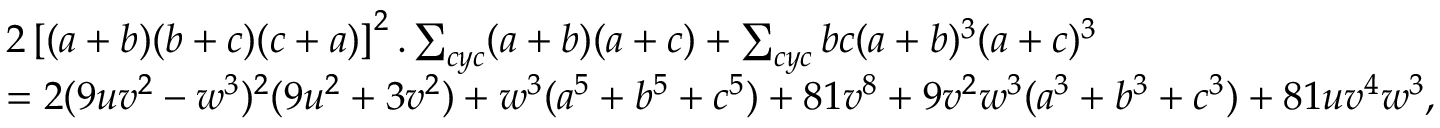
\begin{array} { r l } & { 2 \left[ ( a + b ) ( b + c ) ( c + a ) \right] ^ { 2 } . \sum _ { c y c } ( a + b ) ( a + c ) + \sum _ { c y c } b c ( a + b ) ^ { 3 } ( a + c ) ^ { 3 } } \\ & { = 2 ( 9 u v ^ { 2 } - w ^ { 3 } ) ^ { 2 } ( 9 u ^ { 2 } + 3 v ^ { 2 } ) + w ^ { 3 } ( a ^ { 5 } + b ^ { 5 } + c ^ { 5 } ) + 8 1 v ^ { 8 } + 9 v ^ { 2 } w ^ { 3 } ( a ^ { 3 } + b ^ { 3 } + c ^ { 3 } ) + 8 1 u v ^ { 4 } w ^ { 3 } , } \end{array}